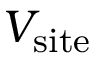
V _ { \mathrm { s i t e } }